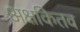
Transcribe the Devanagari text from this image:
अक्षकितव